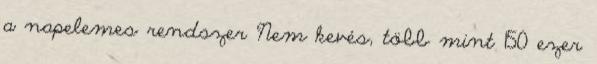
a napelemes rendszer Nem kevés, több mint 150 ezer